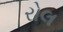
રોલ